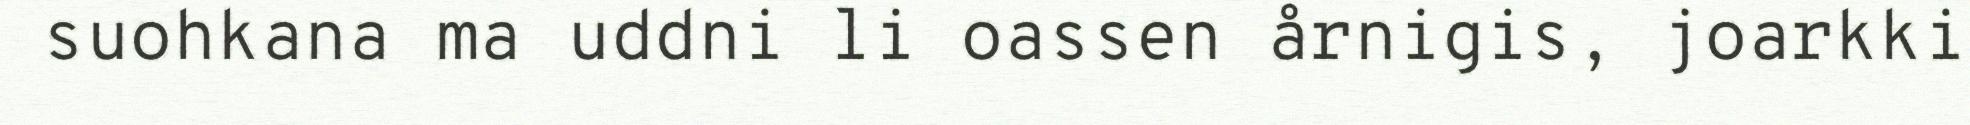
suohkana ma uddni li oassen årnigis, joarkki